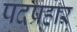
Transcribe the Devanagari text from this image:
पदप्रहार